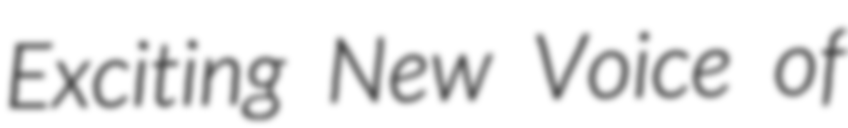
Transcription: Exciting New Voice of